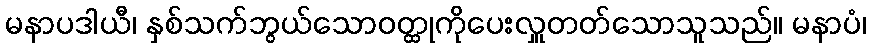
မနာပဒါယီ၊ နှစ်သက်ဘွယ်သောဝတ္ထုကိုပေးလှူတတ်သောသူသည်။ မနာပံ၊